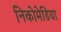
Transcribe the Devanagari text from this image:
निकोमेडिया